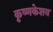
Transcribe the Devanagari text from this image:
कृष्णकेशव